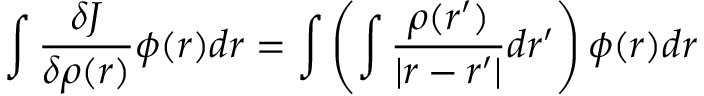
\int { \frac { \delta J } { \delta \rho ( { \boldsymbol { r } } ) } } \phi ( { \boldsymbol { r } } ) d { \boldsymbol { r } } = \int \left( \int { \frac { \rho ( { \boldsymbol { r } } ^ { \prime } ) } { | { \boldsymbol { r } } - { \boldsymbol { r } } ^ { \prime } | } } d { \boldsymbol { r } } ^ { \prime } \right) \phi ( { \boldsymbol { r } } ) d { \boldsymbol { r } }